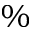
\%